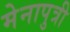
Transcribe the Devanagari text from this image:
मेनापुत्री